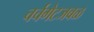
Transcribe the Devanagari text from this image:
चर्चगेटजवळ